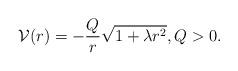
LaTeX: \begin{align*} {\cal V}(r) = - \frac{Q}{r}\sqrt{1+\lambda r^2}, Q>0. \end{align*}